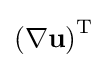
{\textstyle \left(\nabla \mathbf {u} \right)^{\mathrm {T} }}